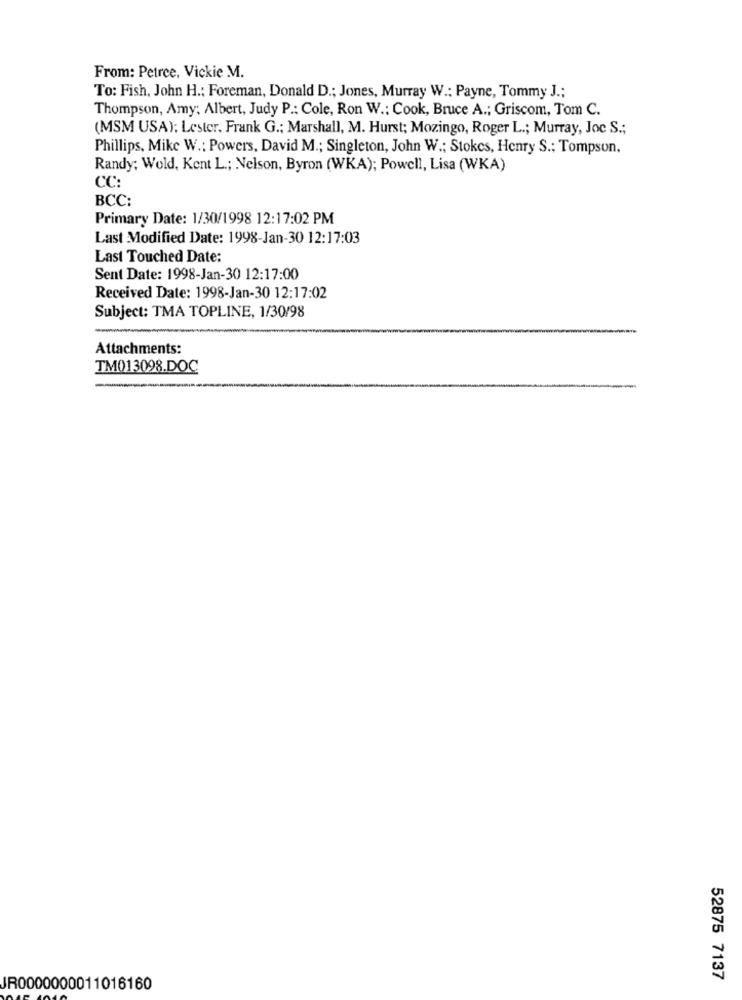
From: Petrce, Vickie M.
To: Fish, John H .; Foreman, Donald D .; Jones, Murray W .: Payne, Tommy J .;
Thompson, Amy: Albert, Judy P .: Cole, Ron W .: Cook, Bruce A .; Griscom, Tom C.
(MSM USA); Lester, Frank G .: Marshall, M. Hurst; Mozingo, Roger L .; Murray, Joc S .;
Phillips, Mike W .: Powers, David M .; Singleton, John W .; Stokes, Henry S .; Tompson,
Randy; Wold, Kent L .; Nelson, Byron (WKA); Powell, Lisa (WKA)
CC:
BCC:
Primary Date: 1/30/1998 12:17:02 PM
Last Modified Date: 1998-Jan-30 12:17:03
Last Touched Date:
Sent Date: 1998-Jan-30 12:17:00
Received Date: 1998-Jan-30 12:17:02
Subject: TMA TOPLINE, 1/30/98
Attachments:
TM013098.DOC
52875 7137
JR0000000011016160